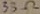
Text: 33Ω